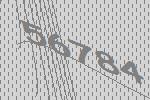
56784